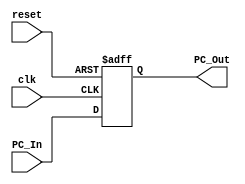
module program_counter
(
  input [63:0]PC_In,
  input reset, clk,
  output [63:0]PC_Out
);

reg [63:0]pcOut;


always @(posedge reset or posedge clk)
begin
  if (reset)
    begin
      pcOut = 0;
    end
 else
    begin
      pcOut = PC_In;
    end  
end

assign PC_Out = pcOut;



endmodule